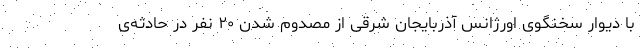
با دیوار سخنگوی اورژانس آذربایجان شرقی از مصدوم شدن ۲۰ نفر در حادثه‌ی